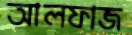
আলফাজ